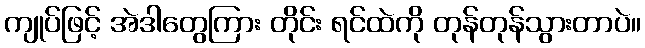
ကျုပ်ဖြင့် အဲဒါတွေကြား တိုင်း ရင်ထဲကို တုန်တုန်သွားတာပဲ။